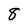
Character: 8